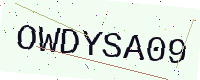
Text: OWDYSA09